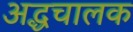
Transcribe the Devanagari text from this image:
अद्धचालक